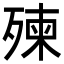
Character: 㱫